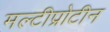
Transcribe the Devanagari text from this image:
मल्टीप्रोटीन